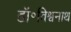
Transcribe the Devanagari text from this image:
डॉ॰विश्वनाथ